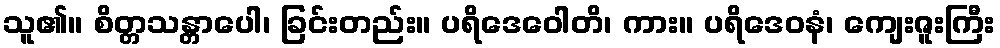
သူ၏။ စိတ္တသန္တာပေါ၊ ခြင်းတည်း။ ပရိဒေဝေါတိ၊ ကား။ ပရိဒေဝနံ၊ ကျေးဇူးကြီး